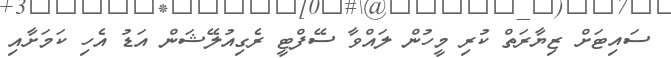
ސައިޓަށް ޒިޔާރަތް ކުރި މީހުން ލައްވާ ސޭފްޓީ ރެގިއުލޭޝަން އަޑު އެހި ކަމަށާއި